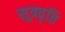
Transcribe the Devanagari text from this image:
सूत्रवृत्ति